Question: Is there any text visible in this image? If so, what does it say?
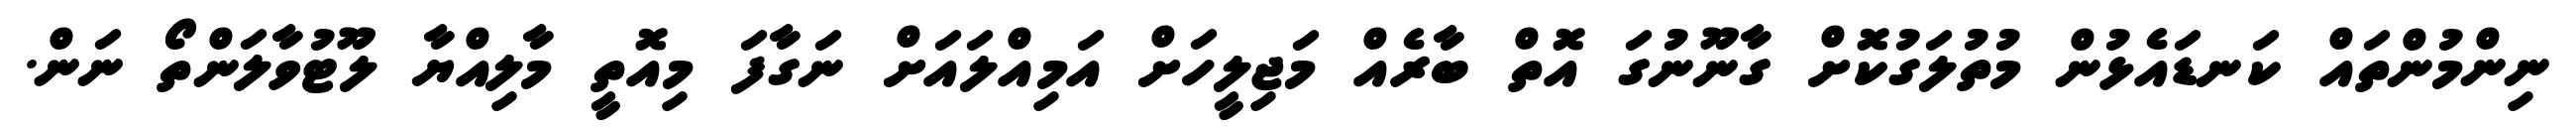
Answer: ނިންމުންތައް ކަނޑައެޅުން މުތުލަގުކޮށް ގާނޫނުގަ އޮތް ބާރެއް މަޖިލީހަށް އަމިއްލައަށް ނަގާފަ މިއޮތީ މާލިއްޔާ ލޫޓުވާލަންތޯ ނަން.